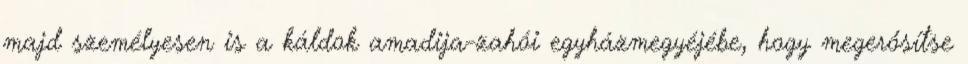
majd személyesen is a káldok amadija-zahói egyházmegyéjébe, hogy megerősítse